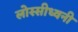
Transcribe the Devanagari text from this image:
लोस्सीध्वनी